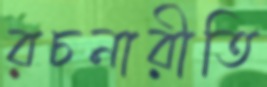
রচনারীতি